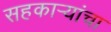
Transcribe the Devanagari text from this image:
सहकाऱ्यांचा